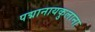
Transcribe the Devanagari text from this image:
पद्मानायकुलाना